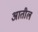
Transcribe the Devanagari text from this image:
अातील